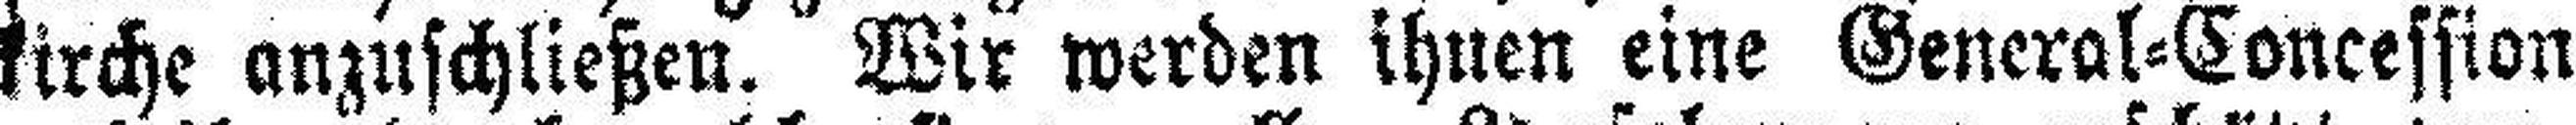
kirche anzuschließen. Wir werden ihnen eine General=Concession